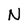
Character: N